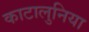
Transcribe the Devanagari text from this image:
काटालुनिया